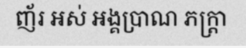
ញ័រ អស់ អង្គប្រាណ ភក្ត្រា